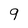
Character: 9